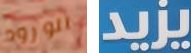
الورود يزيد